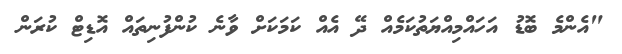
"އެންމެ ބޮޑު އަހައްމިއްޔަތުކަމެއް ދޭ އެއް ކަމަކަށް ވާނެ ކުންފުނިތައް އޮޑިޓް ކުރަން